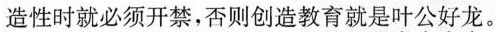
培养创造性时就必须开禁，否则创造教育就是叶公好龙。